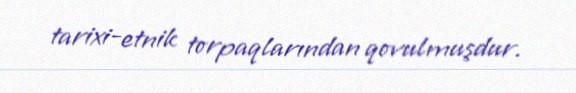
tarixi-etnik torpaqlarından qovulmuşdur.